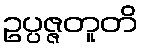
ဥပ္ပဇ္ဇတူတိ